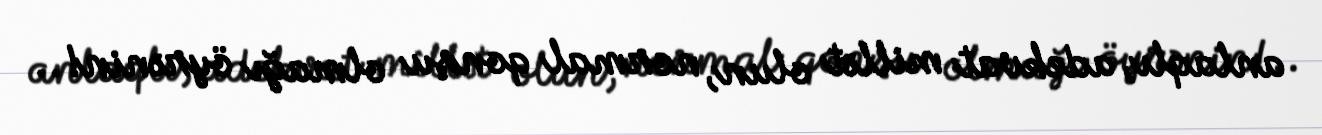
anlaqlı, adekvat millət olun, normal qonşu olmağı öyrənin!..